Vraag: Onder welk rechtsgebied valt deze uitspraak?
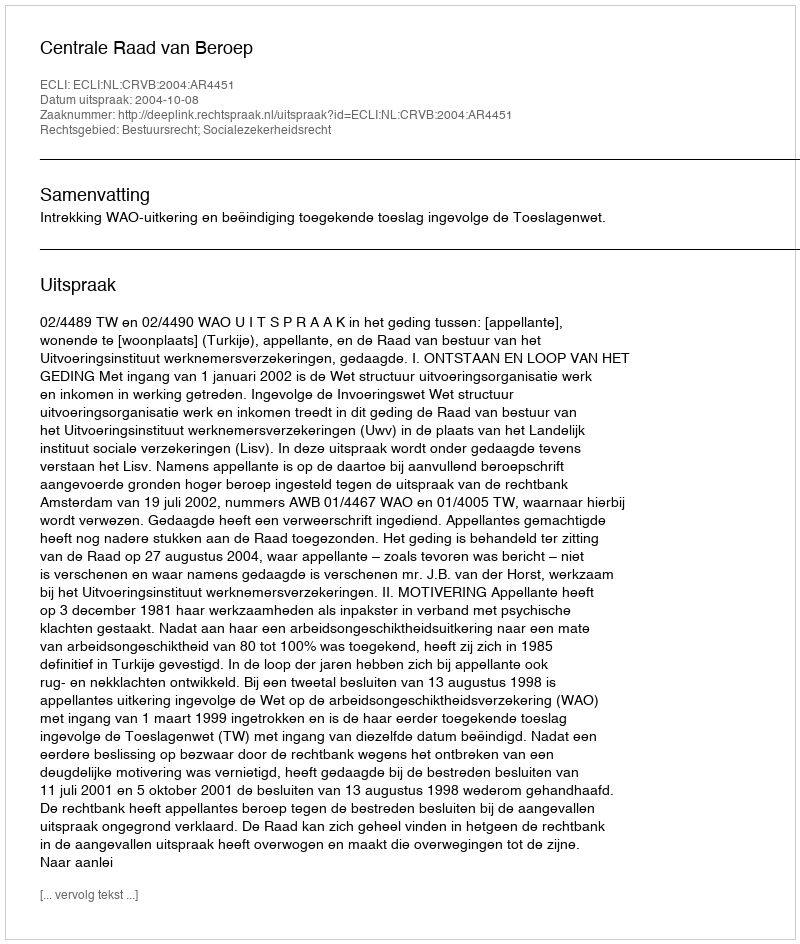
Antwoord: Bestuursrecht; Socialezekerheidsrecht